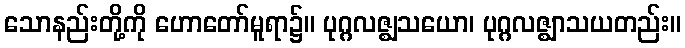
သောနည်းတို့ကို ဟောတော်မူရာ၌။ ပုဂ္ဂလဇ္ဈသယော၊ ပုဂ္ဂလဇ္ဈာသယတည်း။